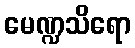
မေဏ္ဍသိရော